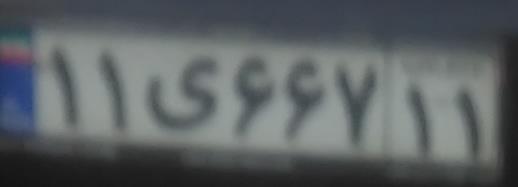
۱۱ی۶۶۷۱۱